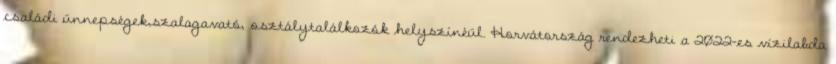
családi ünnepségek,szalagavató, osztálytalálkozók helyszínéül. Horvátország rendezheti a 2022-es vízilabda